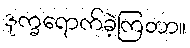
ဒုက္ခရောက်ခဲ့ကြတာ။